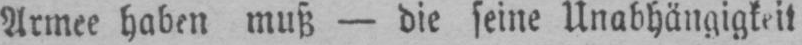
Armee haben muß - die seine Unabhängigkeit